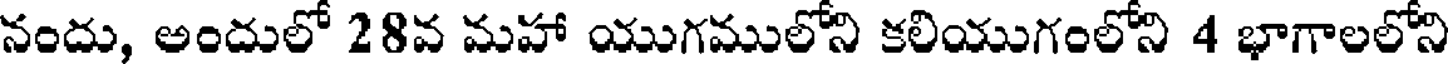
నందు, అందులో 28వ మహా యుగములోని కలియుగంలోని 4 భాగాలలోని